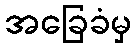
အခြေခံမှ